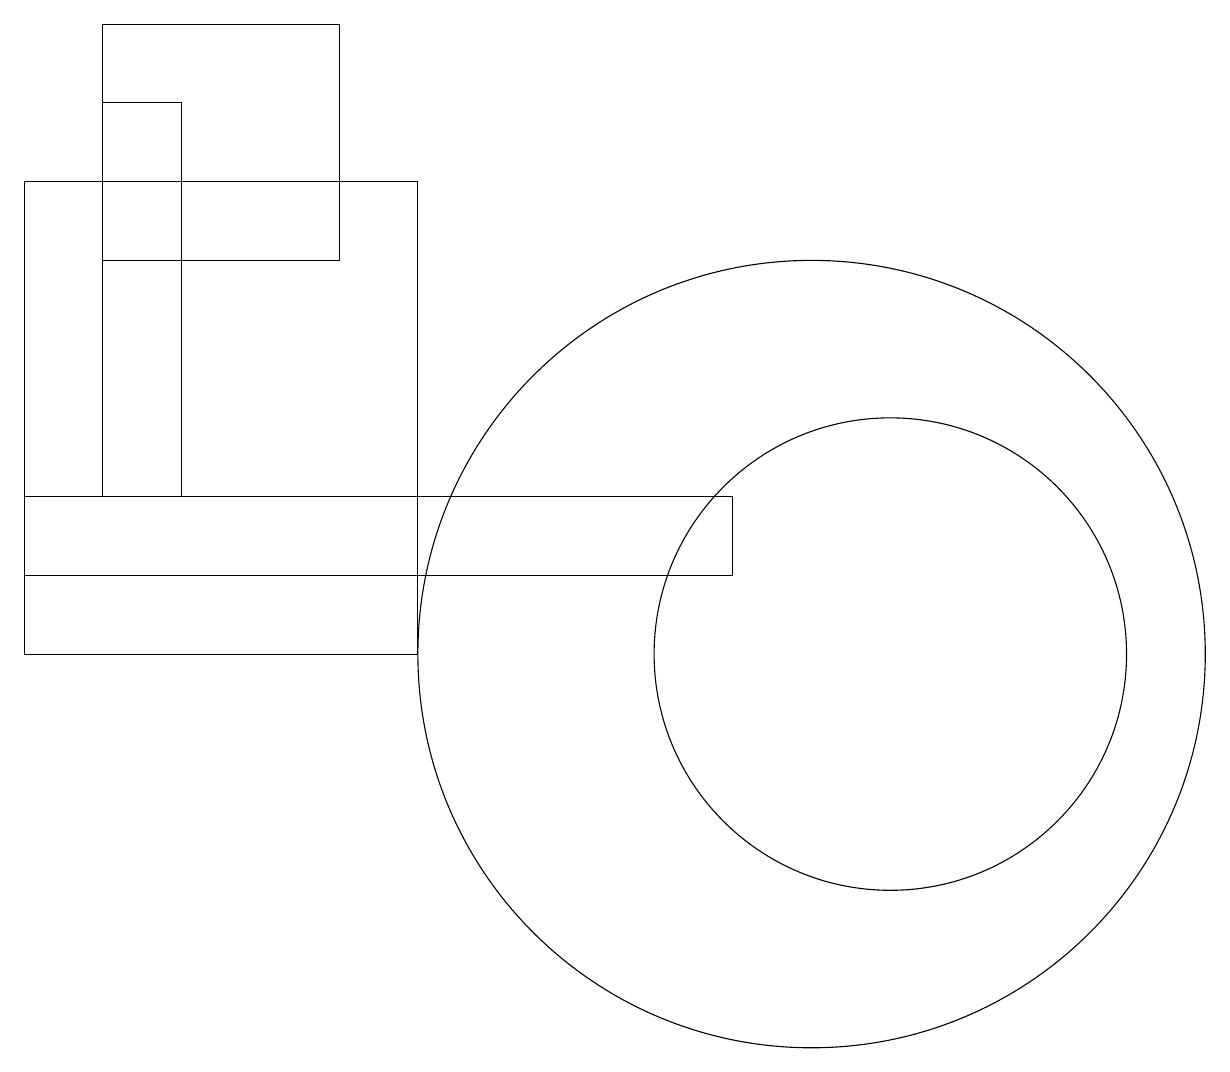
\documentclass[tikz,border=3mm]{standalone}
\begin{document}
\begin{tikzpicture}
\draw (0,16) rectangle (5,10);
\draw (9,11) rectangle (0,12);
\draw (11,10) circle (0);
\draw (1,17) rectangle (2,12);
\draw (4,15) rectangle (1,18);
\draw (11,10) circle (3);
\draw (10,10) circle (5);
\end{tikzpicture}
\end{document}